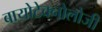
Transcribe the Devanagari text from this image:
बायोटेक्नोलोजी